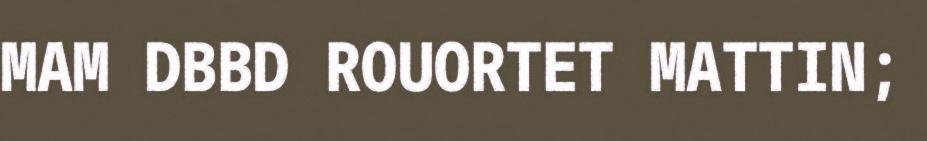
MAM DBBD ROUORTET MATTIN;